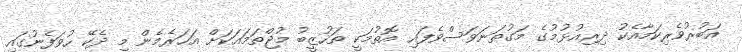
އަބުރުވެރިކަމާއެކު ދިރިއުޅުމުގެ މަގުތަނަވަސްވެފައި އޮތުމަކީ ތަހުޒީބު މުޖްތަމައަކަށް އަހަރެމެން މި ދެކޭ ހުވަފެނުގައި